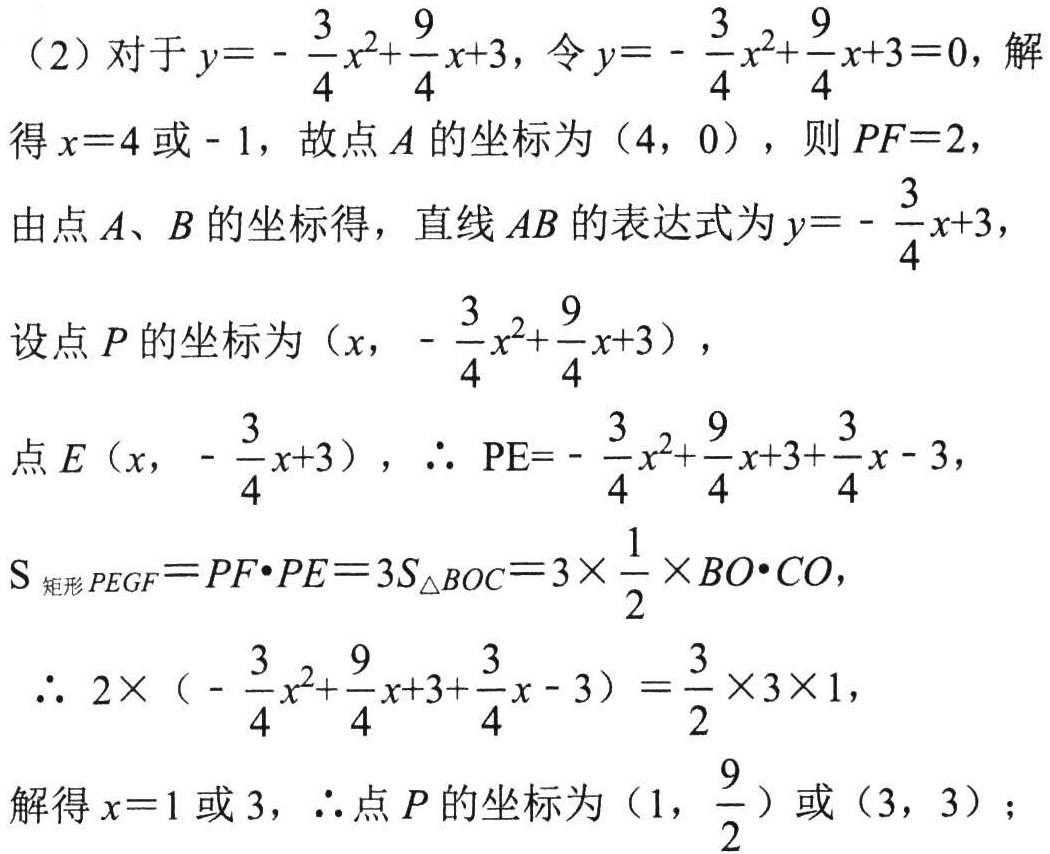
（2）对于\(y = -\frac{3}{4}x^{2}+\frac{9}{4}x + 3\)，令\(y = -\frac{3}{4}x^{2}+\frac{9}{4}x + 3 = 0\)，解得\(x = 4\)或\(-1\)，故点\(A\)的坐标为\((4,0)\)，则\(PF = 2\)，
由点\(A\)、\(B\)的坐标得，直线\(AB\)的表达式为\(y = -\frac{3}{4}x + 3\)，
设点\(P\)的坐标为\((x,-\frac{3}{4}x^{2}+\frac{9}{4}x + 3)\)，
点\(E(x,-\frac{3}{4}x + 3)\)，\(\therefore PE=-\frac{3}{4}x^{2}+\frac{9}{4}x + 3+\frac{3}{4}x - 3\)，
\(S_{矩形PEGF}=PF\cdot PE = 3S_{\triangle BOC}=3\times\frac{1}{2}\times BO\cdot CO\)，
\(\therefore 2\times(-\frac{3}{4}x^{2}+\frac{9}{4}x + 3+\frac{3}{4}x - 3)=\frac{3}{2}\times3\times1\)，
解得\(x = 1\)或\(3\)，\(\therefore\)点\(P\)的坐标为\((1,\frac{9}{2})\)或\((3,3)\)；